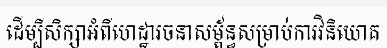
ដើម្បីសិក្សាអំពីហេដ្ឋារចនាសម្ព័ន្ធសម្រាប់ការវិនិយោគ